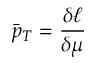
\bar { p } _ { T } = \frac { \delta \ell } { \delta \mu }